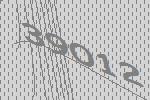
39012